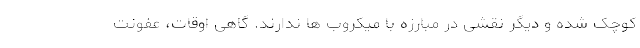
کوچک شده و دیگر نقشی در مبارزه با میکروب ها ندارند. گاهی اوقات، عفونت